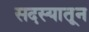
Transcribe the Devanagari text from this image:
सदस्यातून